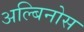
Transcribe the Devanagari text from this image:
अल्बिनोस